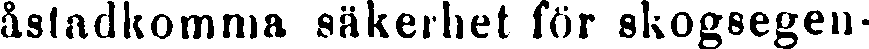
åstadkomma säkerhet för skogsegen-